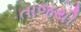
તાજથી